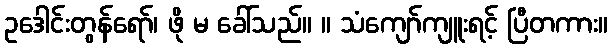
ဥဒေါင်းတွန်ရော်၊ ဖို မ ခေါ်သည်။ ။ သံကျော်ကျူးရင့် ပြီတကား။